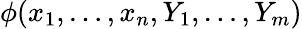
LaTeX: \phi(x_{1},\ldots,x_{n},Y_{1},\ldots,Y_{m})